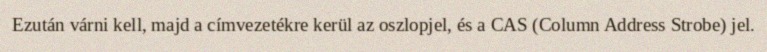
Ezután várni kell, majd a címvezetékre kerül az oszlopjel, és a CAS (Column Address Strobe) jel.